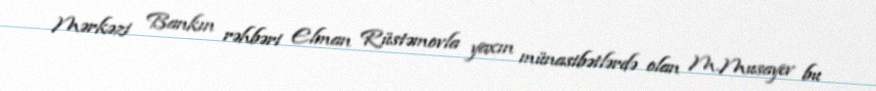
Mərkəzi Bankın rəhbəri Elman Rüstəmovla yaxın münasibətlərdə olan M.Musayev bu